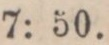
kunna erhålla närmare underrättelſer om wilkoren.